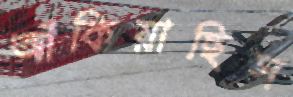
আঁকিয়াছিস